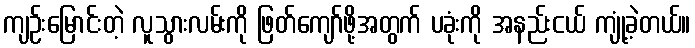
ကျဉ်းမြောင်းတဲ့ လူသွားလမ်းကို ဖြတ်ကျော်ဖို့အတွက် ပခုံးကို အနည်းငယ် ကျုံ့ခဲ့တယ်။